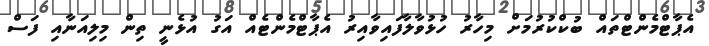
އެޕާޓްމެންޓްތައް ބުކްކުރުމަށް މިހާރު ހުޅުވާލާފައިވާއިރު އެޕާޓްމެންޓެއް އަގު އުޅެނީ ތިން މިލިއަނާއި ފަސް